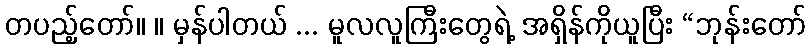
တပည့်တော်။ ။ မှန်ပါတယ် ... မူလလူကြီးတွေရဲ့ အရှိန်ကိုယူပြီး “ဘုန်းတော်